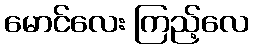
မောင်လေး ကြည့်လေ